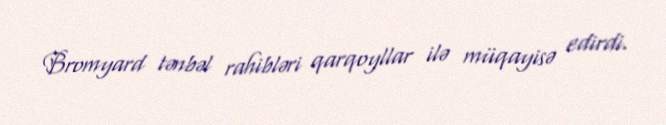
Bromyard tənbəl rahibləri qarqoyllar ilə müqayisə edirdi.